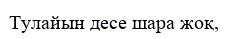
Тулайын десе шара жоқ,